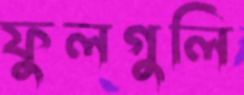
ফুলগুলি